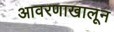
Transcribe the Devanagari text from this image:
आवरणाखालून